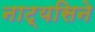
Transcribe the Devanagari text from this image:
नाट्यसिने